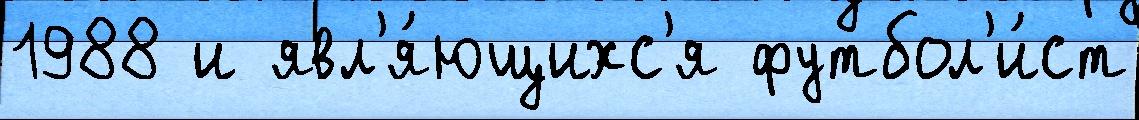
1988 и явл'я́ющихс'я футбол'и́ст